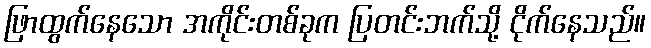
ဖြာထွက်နေသော အကိုင်းတစ်ခုက ပြတင်းဘက်သို့ ငိုက်နေသည်။